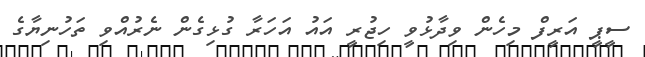
ސީޕީ އަރީފް މިހެން ވިދާޅުވީ ހިޖުރީ އައު އަހަރާ ގުޅިގެން ނެރުއްވި ތަހުނިޔާގެ